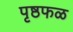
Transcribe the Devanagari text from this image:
पृष्ठफळ